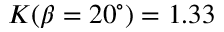
K ( \beta = 2 0 ^ { \circ } ) = 1 . 3 3